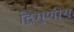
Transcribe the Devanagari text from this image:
द्विगुणीय